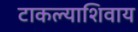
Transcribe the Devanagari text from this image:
टाकल्याशिवाय